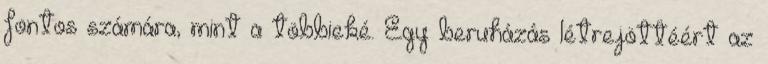
fontos számára, mint a többieké. Egy beruházás létrejöttéért az